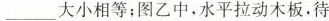
___大小相等；图乙中，水平拉动木板，待